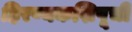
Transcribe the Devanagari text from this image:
हिरण्यकशिपूची